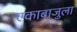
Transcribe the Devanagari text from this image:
एकाबाजुला